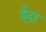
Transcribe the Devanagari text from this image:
ईदा